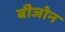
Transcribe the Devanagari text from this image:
बीजोन